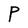
Character: P